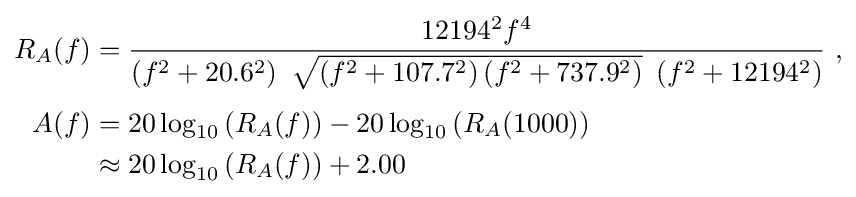
{\begin{aligned}R_{A}(f)&={12194^{2}f^{4} \over \left(f^{2}+20.6^{2}\right)\ {\sqrt {\left(f^{2}+107.7^{2}\right)\left(f^{2}+737.9^{2}\right)}}\ \left(f^{2}+12194^{2}\right)}\ ,\\[3pt]A(f)&=20\log _{10}\left(R_{A}(f)\right)-20\log _{10}\left(R_{A}(1000)\right)\\&\approx 20\log _{10}\left(R_{A}(f)\right)+2.00\end{aligned}}